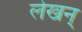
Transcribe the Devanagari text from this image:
लेखन्